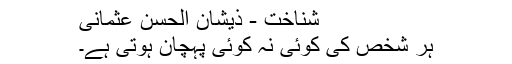
شناخت - ذیشان الحسن عثمانی
ہر شخص کی کوئی نہ کوئی پہچان ہوتی ہے۔